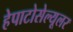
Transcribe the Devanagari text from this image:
हेपाटोसेल्यूलर